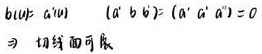
$b(u)=a(u)\quad (a' b')=(a' a') = 0$

$\Rightarrow$ 切触面可展